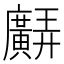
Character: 𢌊